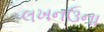
લખનઉના